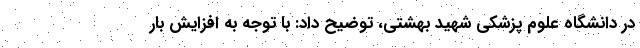
در دانشگاه علوم پزشکی شهید بهشتی، توضیح داد: با توجه به افزایش بار